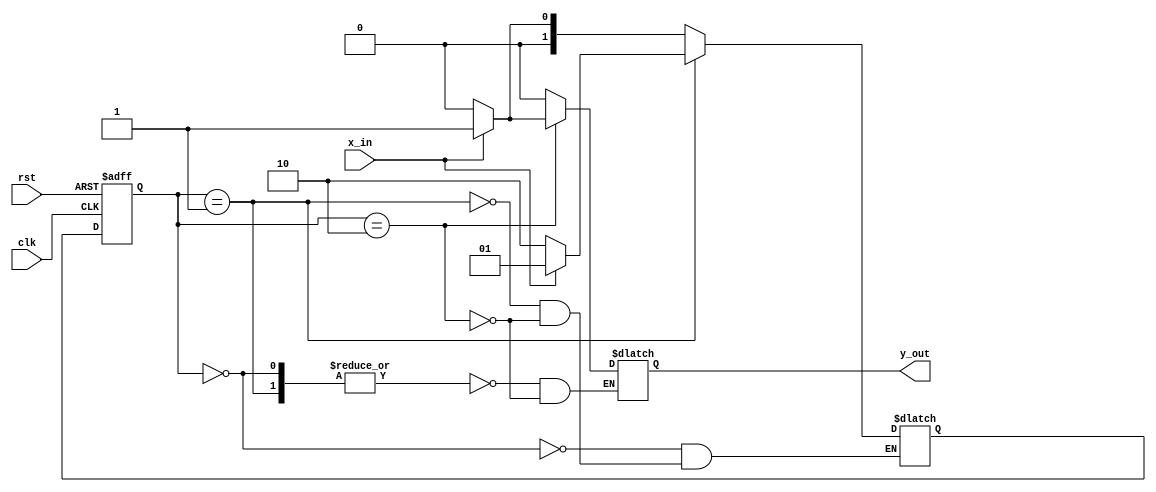
// FSM to detect the pattern "101" in a bitstream

module mealy_101 (
	input x_in, clk, rst,
	output reg y_out
);

	reg [1:0] state, next_state;
	parameter S0 = 2'b00, S1 = 2'b01, S2 = 2'b10;

	always @ (posedge clk or negedge rst)
		if (!rst) state <= S0;
		else state <= next_state;

	// Next state
	always @ (state, x_in)
		case (state)
			S0: if(~x_in) next_state = S0; else next_state = S1;
			S1: if(~x_in) next_state = S2; else next_state = S1;
			S2: if(~x_in) next_state = S0; else next_state = S1;
		endcase

	// Mealy output
	always @ (state, x_in)
		case (state)
			S0, S1: y_out = 0;
			S2: if(~x_in) y_out = 0; else y_out = 1;
		endcase
endmodule